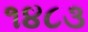
૧૪૮૩